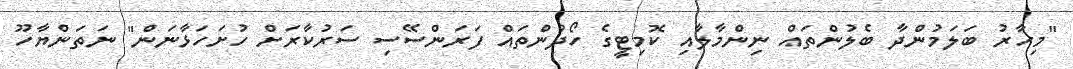
"މިހާރު ބަލަމުންދާ ބެލުންތައް ނިންމާލާއި ކޮމިޓީގެ ހޯދުންތައް ފަރަންސޭސި ސަރުކާރަށް ހުށަހަޅާނަން" ނަތަންޔާހޫ